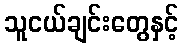
သူငယ်ချင်းတွေနှင့်